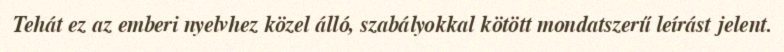
Tehát ez az emberi nyelvhez közel álló, szabályokkal kötött mondatszerű leírást jelent.